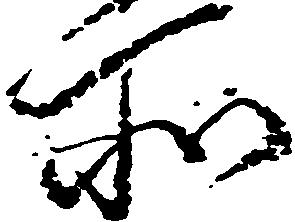
所